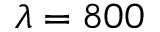
\lambda = 8 0 0